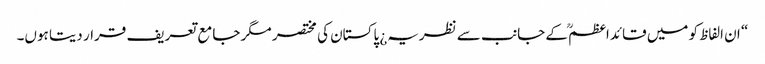
“ ان الفاظ کو میں قائداعظمؒ کے جانب سے نظریہ¿ پاکستان کی مختصر مگر جامع تعریف قرار دیتا ہوں۔